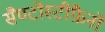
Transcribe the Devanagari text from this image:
सैण्टोस्टीफ़ैनो